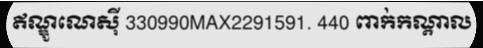
ឥណ្ឌូណេស៊ី 330990MAX2291591. 440 ពាក់កណ្តាល